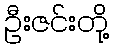
ဦးဇင်းတို့